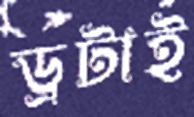
ড্রটাই